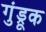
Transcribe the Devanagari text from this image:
गुंड्रूक